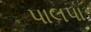
પાલપા